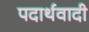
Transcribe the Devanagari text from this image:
पदार्थवादी